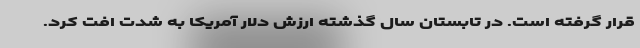
قرار گرفته است. در تابستان سال گذشته ارزش دلار آمریکا به شدت افت کرد.